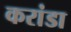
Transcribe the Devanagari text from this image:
करांडा